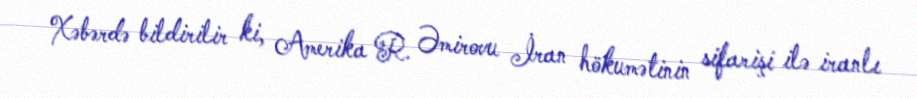
Xəbərdə bildirilir ki, Amerika R. Əmirovu İran hökumətinin sifarişi ilə iranlı